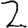
Digit: 2